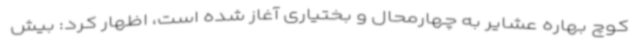
کوچ بهاره عشایر به چهارمحال و بختیاری آغاز شده است، اظهار کرد: بیش